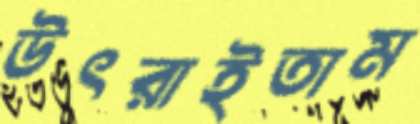
উৎরাইতাম